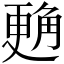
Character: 𲁜